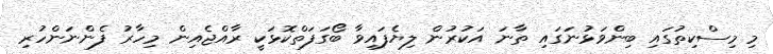
މި މިސްކިތުގައި ބިންވަޅުނަގައި ތާނަ އަކުރުން ލިޔެފައިވާ ބޯގަފަތްކޮޅަކީ ރާއްޖެއިން މިހާރު ފެންނަންހުރި